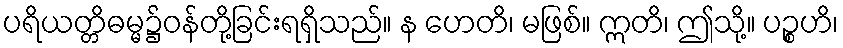
ပရိယတ္တိဓမ္မ၌ဝန်တို့ခြင်းရရှိသည်။ န ဟေတိ၊ မဖြစ်။ ဣတိ၊ ဤသို့။ ပဉ္စဟိ၊